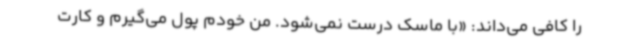
را کافی می‌داند: «با ماسک درست نمی‌شود. من خودم پول می‌گیرم و کارت